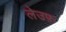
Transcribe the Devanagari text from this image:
लेउफ़